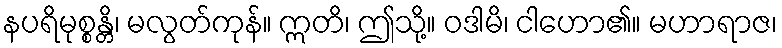
နပရိမုစ္စန္တိ၊ မလွတ်ကုန်။ ဣတိ၊ ဤသို့။ ဝဒါမိ၊ ငါဟော၏။ မဟာရာဇ၊